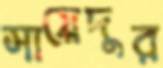
সায়েদুর